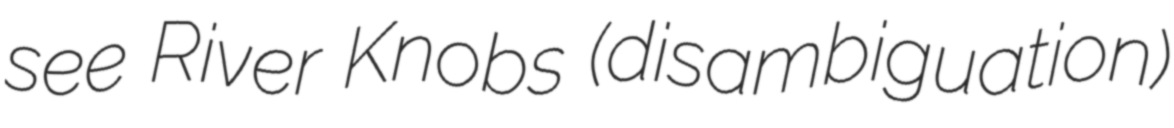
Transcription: see River Knobs (disambiguation)